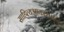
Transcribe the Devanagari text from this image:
साहित्‍यआकाशमलो